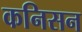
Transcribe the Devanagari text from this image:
कनिसन